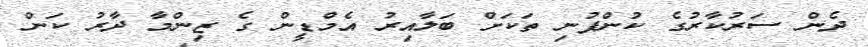
ދެން ސަރުކާރުގެ ކުންފުނި ތަކަށް ބަލާއިރު އެމްޑީން ގެ ޒިންމާ ދާރު ކަން